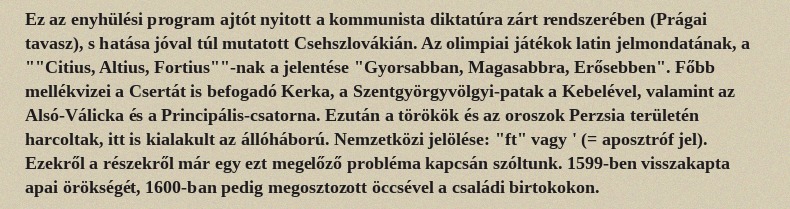
Ez az enyhülési program ajtót nyitott a kommunista diktatúra zárt rendszerében (Prágai tavasz), s hatása jóval túl mutatott Csehszlovákián. Az olimpiai játékok latin jelmondatának, a ""Citius, Altius, Fortius""-nak a jelentése "Gyorsabban, Magasabbra, Erősebben". Főbb mellékvizei a Csertát is befogadó Kerka, a Szentgyörgyvölgyi-patak a Kebelével, valamint az Alsó-Válicka és a Principális-csatorna. Ezután a törökök és az oroszok Perzsia területén harcoltak, itt is kialakult az állóháború. Nemzetközi jelölése: "ft" vagy ' (= aposztróf jel). Ezekről a részekről már egy ezt megelőző probléma kapcsán szóltunk. 1599-ben visszakapta apai örökségét, 1600-ban pedig megosztozott öccsével a családi birtokokon.